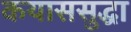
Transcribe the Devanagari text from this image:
कयाससुद्धा